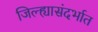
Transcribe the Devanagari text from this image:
जिल्ह्यासंदर्भात